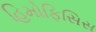
હિમોફિસિસ